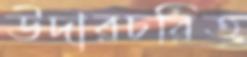
উদারচরিত